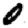
Digit: 0